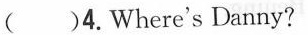
()4.Where's Danny?